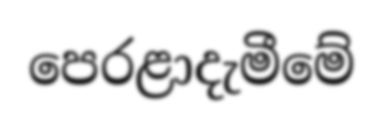
පෙරළාදැමීමේ